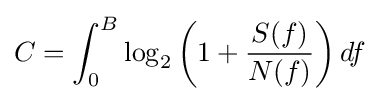
C=\int _{0}^{B}\log _{2}\left(1+{\frac {S(f)}{N(f)}}\right)df